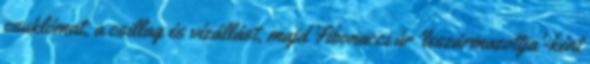
csuklómat, a csillag és vízállást, majd Fibonacci úr 'leszármazottja'-ként